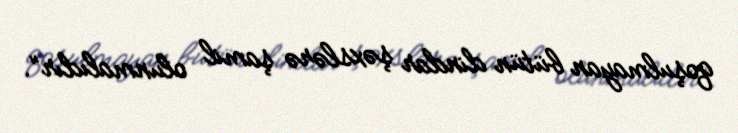
qoşulmayan bütün dindar şəxslərə şamil olunmalıdır”.